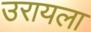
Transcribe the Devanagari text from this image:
उरायला